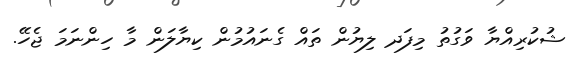
ޝުކުރިއްޔާ ވަގުތު މިފަދ ލިޔުން ތައް ގެނައުމުން ކިޔާލަން މާ ހިންނަމަ ޖެހޭ.